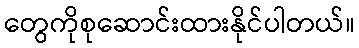
တွေကိုစုဆောင်းထားနိုင်ပါတယ်။